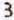
3